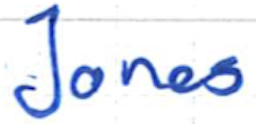
Text: Jones
Cross-out: clean
Writing tool: ballpoint